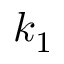
k _ { 1 }